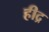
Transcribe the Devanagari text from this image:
हीद्र